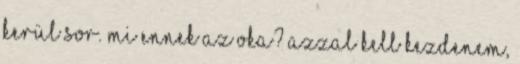
kerül sor. Mi ennek az oka? Azzal kell kezdenem,